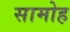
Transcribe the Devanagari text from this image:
सामोह